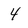
Character: 4